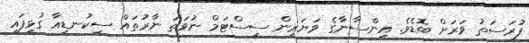
ފުރަސަތު ވަރަށް ބޮޑެވެ. އިންސާނާގެ ވަޔަރިން ސިސްޓަމް ނުވަތަ ނާރުތައް ސިކުނޑިއާ ގުޅިފައި